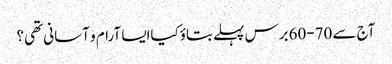
آج سے 70-60برس پہلے بتاؤکیاایسا آرام و آسانی تھی؟